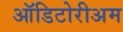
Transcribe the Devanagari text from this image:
ऑडिटोरीअम